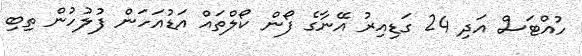
ހުއްޓަސް އަދި 24 ގަޑިއިރު އޭނާގެ ފޯން ކޯލްތައް އަޑުއަހަން ފުލުހުން ތިބި